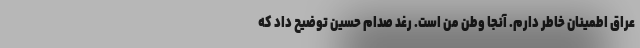
عراق اطمینان خاطر دارم. آنجا وطن من است. رغد صدام حسین توضیح داد که